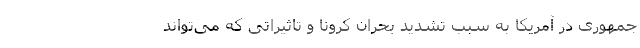
‌جمهوری در آمریکا به سبب تشدید بحران کرونا و تاثیراتی که می‌تواند